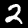
Digit: 2